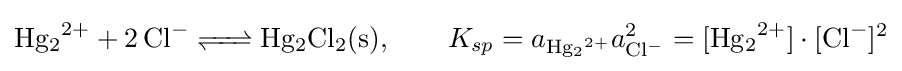
{\ce {Hg2^2+ + 2Cl^- <=> Hg2Cl2(s)}},\qquad K_{sp}=a_{{\ce {Hg2^2+}}}a_{{\ce {Cl-}}}^{2}=[{\ce {Hg2^2+}}]\cdot [{\ce {Cl-}}]^{2}